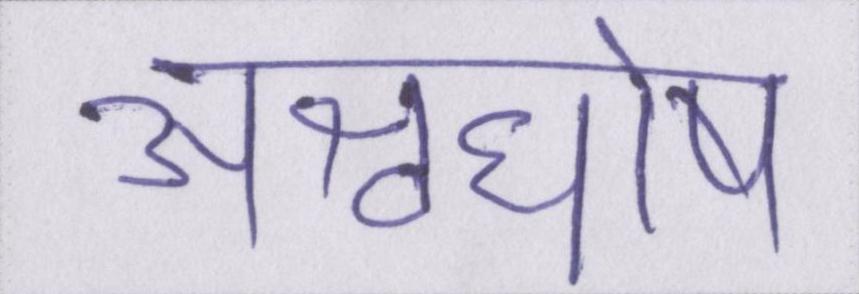
अश्वघोष